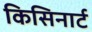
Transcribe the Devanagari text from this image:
किसिनार्ट